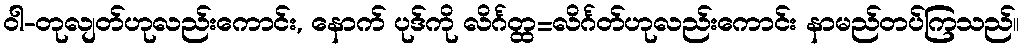
ဝါ-တုလျတ်ဟုလည်းကောင်း, နောက် ပုဒ်ကို လိင်္ဂတ္ထ=လိင်္ဂတ်ဟုလည်းကောင်း နာမည်တပ်ကြသည်။